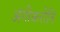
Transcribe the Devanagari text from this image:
अंगीकरोति